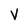
Character: v